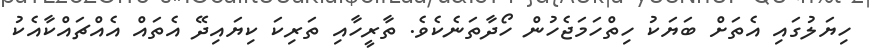
ހިޔަލުގައި އެތަށް ބަޔަކު ހިތްހަމަޖެހުން ހޯދާތަނެކެެވެ. ތާރީހާއި ތަރިކަ ކިޔައިދޭ އެތައް އެއްޗައްކާއެކު